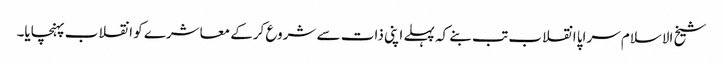
شیخ الاسلام سراپا انقلاب تب بنے کہ پہلے اپنی ذات سے شروع کرکے معاشرے کو انقلاب پہنچایا۔